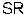
SR